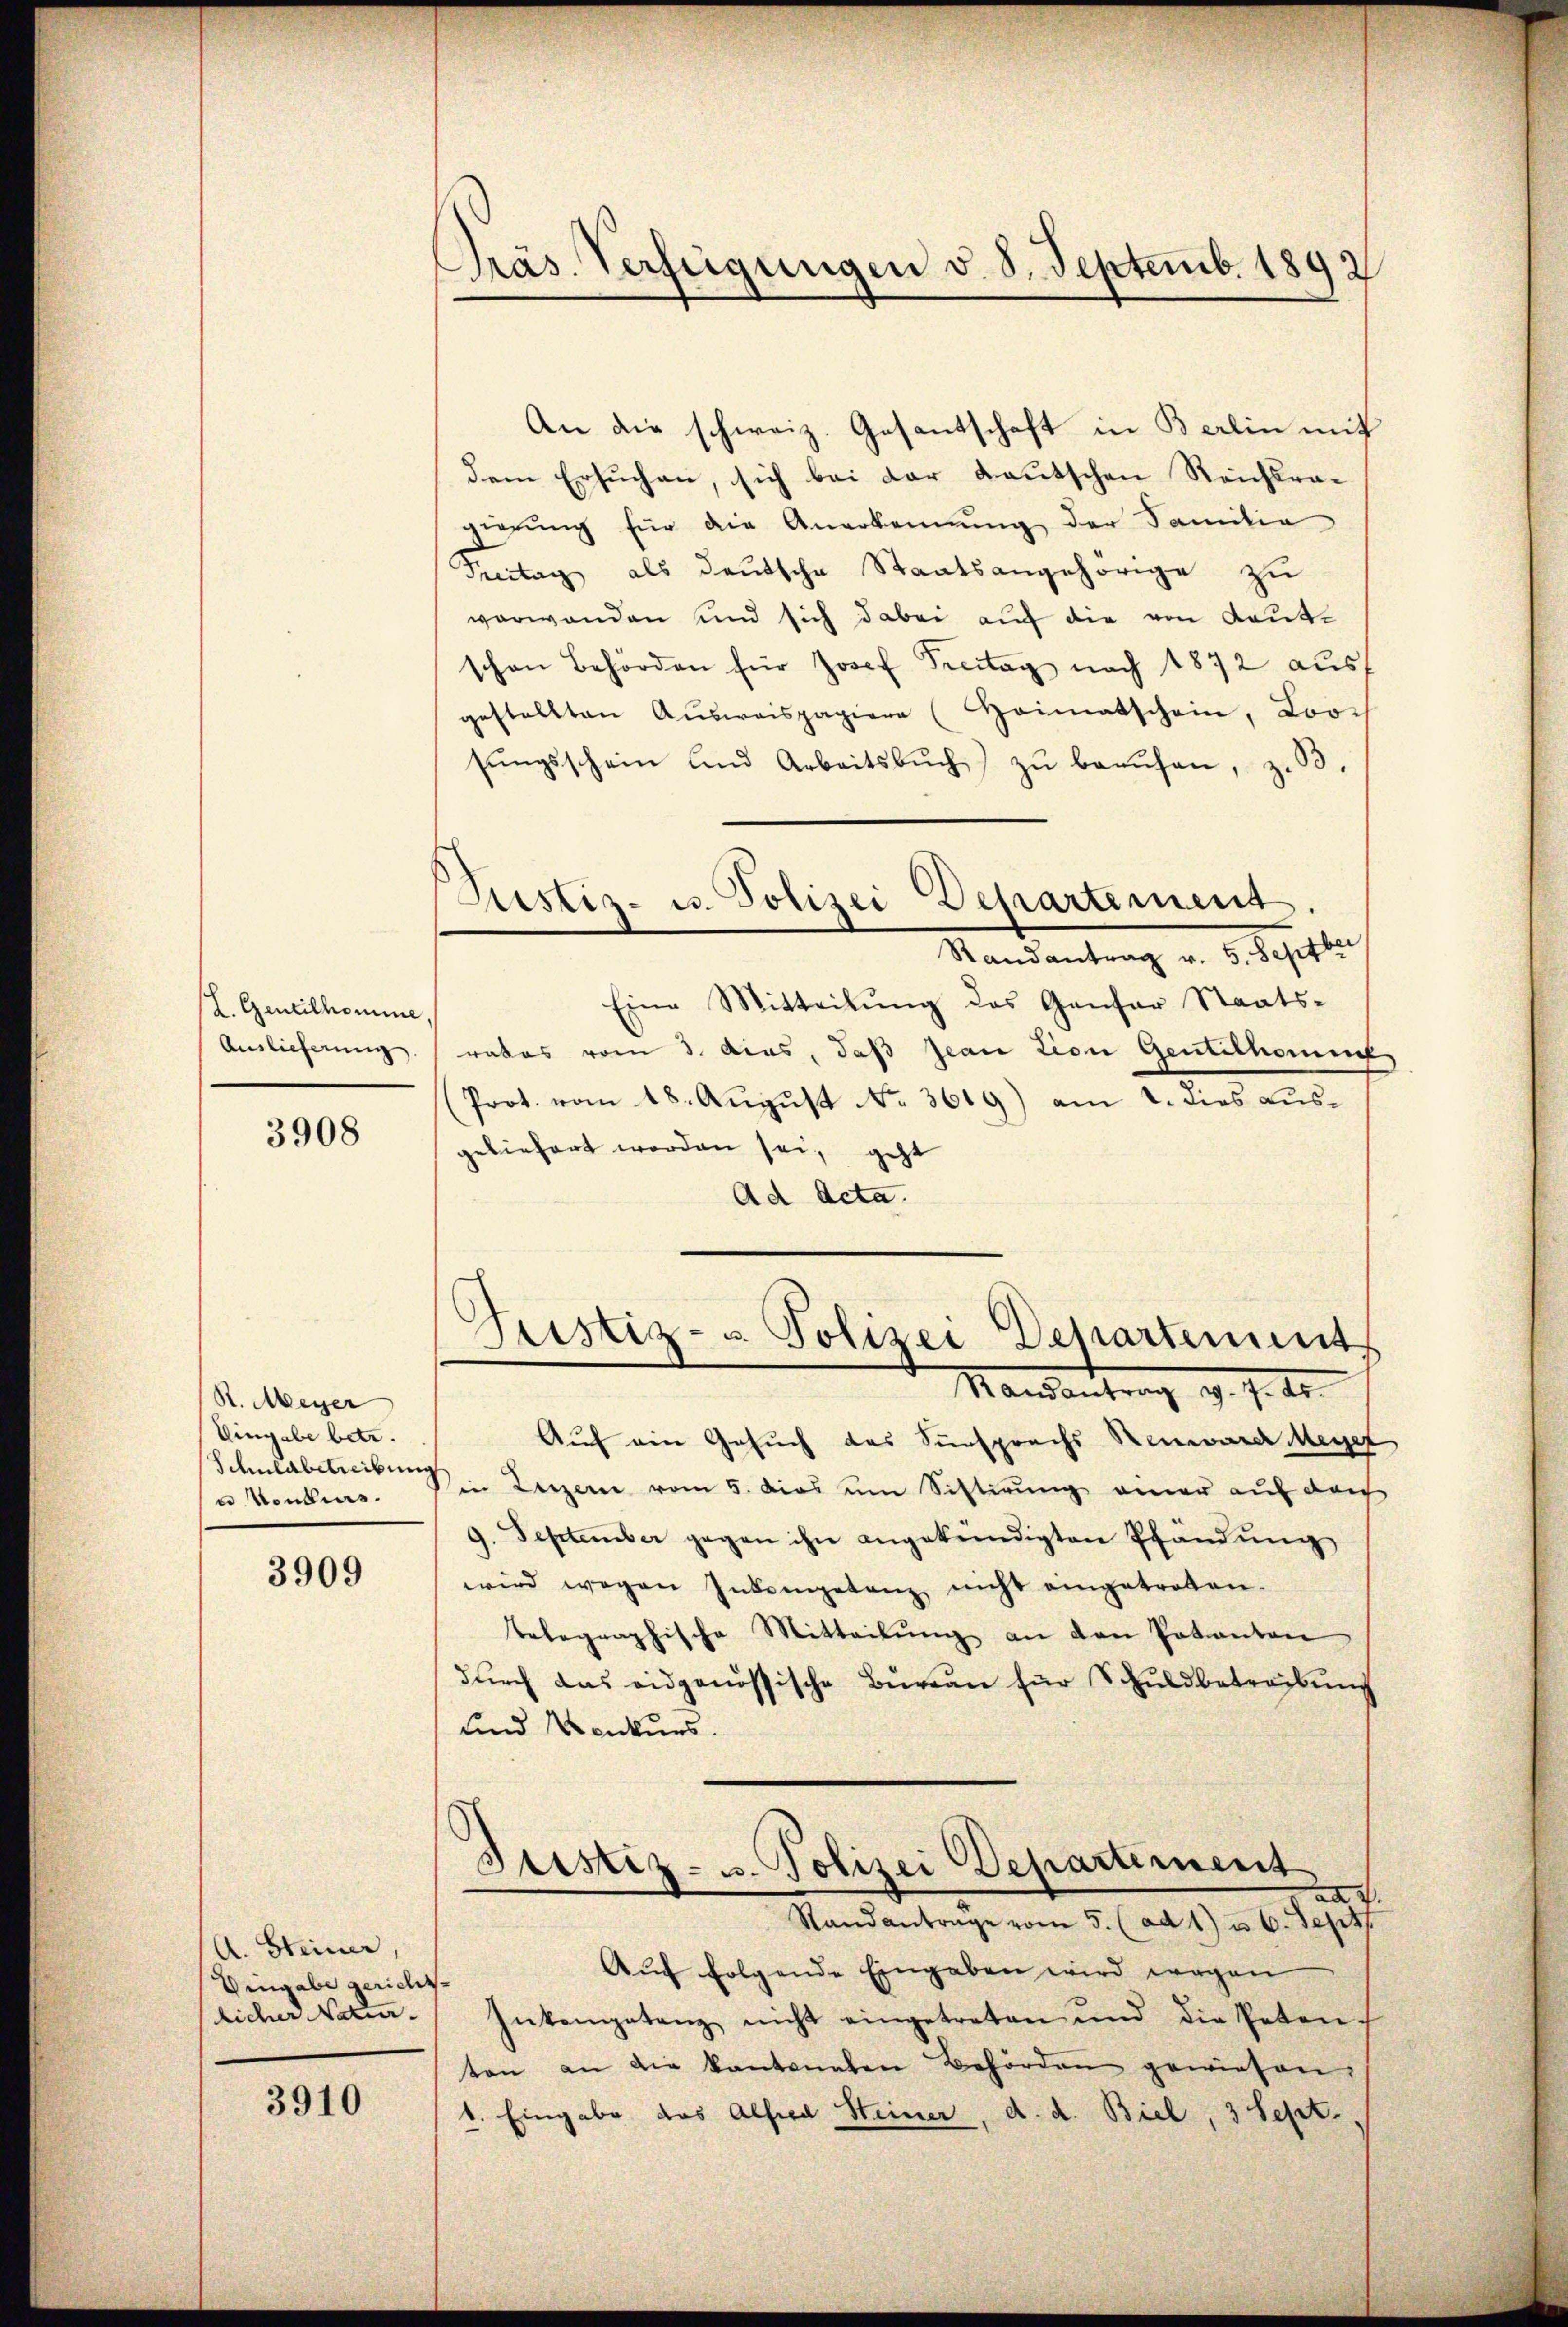
H. Gentilhomine,
Auslieferung.

3908

R. Meyer
Eingabe betr.
Schuldbetreibung
 voullis.

3909

A. Steiner,
Vingabe gerichtlicher Natur.

3910

Präs. Verfügungen v. 8. Septemb. 1892

Justiz- u. Polizei Departement
Randantrag v. 5. Septbr.

An die schweiz. Gesantschaft in Berlin mit
dem Ersuchen, sich bei der Lautschen Reichsragierung für die Anerkennung der Familie
Peitag als deutsche Staatsangehörige zu
verwanden und sich dabei auf die von Kautschon Behörden für Josef Pecitag nach 1872 aus
gestellten Aŭsweispapiere (Heimatschein, Loos
sŭngsschein und Arbeitsbŭch) zŭ beaŭfen, z. B.
Eine Mitteilŭng des Genfer Staats-
rates vom 3. Ains, daß Jeantion Gentelhomme
(Prot. vom 18. Aŭgŭst No. 3619) am 2. dies aŭs-
geliefert worden sei, geht
Ad Acta.
Justiz- u. Polizei Departement
Mandantung d. d. 10.
Auf ein Gesuch des Sunsprachs Remarch Meyer
in Luzern vom 5. dies um Sistirung einer auf dah
9. September gegen ihn angekündigten Pfändŭng
wird wegen Inkompetenz nicht eingetreten.
telegraphische Mitteilŭng an den Potanten
dŭrch das eidgenössische Büreau für Schuldbetreibung
und Konkurs.
Justiz- u. Polizei Departiment
a.
Standantrage vom 5. (ad 1) u. 6. Sept.
Aŭf folgende Eingaben wird wegen
Inkompetenz nicht eingetreten und die Peten
ten an die kantonalen Behörden gewiesen,
1. Eingabe das Alsera Steiner, d. d. Biel, 3 Sept.